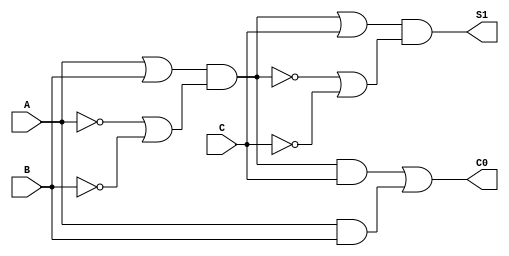
module Sumador(A,B,C,S1,C0);
    //not and or xor 
    input A;
    input B;
    input C;
    output S1;
    output C0;

    assign xor1 = (A|B)&(~A|~B);
    assign and1 = A&B;
    assign and2 = xor1&C;
    assign C0 = and2|and1;
    assign S1 = (xor1|C)&(~xor1|~C);;
    




endmodule